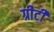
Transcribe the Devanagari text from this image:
ग्रीटी